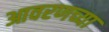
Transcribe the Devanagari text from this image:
आवरणच्या